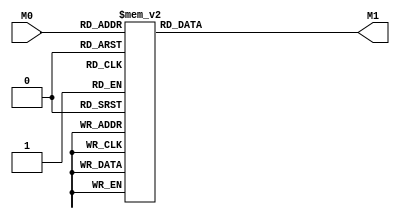
module layer0_N23 ( input [3:0] M0, output [1:0] M1 );

	(*rom_style = "distributed" *) reg [1:0] M1r;
	assign M1 = M1r;
	always @ (M0) begin
		case (M0)
			4'b0000: M1r = 2'b11;
			4'b1000: M1r = 2'b00;
			4'b0100: M1r = 2'b10;
			4'b1100: M1r = 2'b00;
			4'b0010: M1r = 2'b01;
			4'b1010: M1r = 2'b00;
			4'b0110: M1r = 2'b00;
			4'b1110: M1r = 2'b00;
			4'b0001: M1r = 2'b01;
			4'b1001: M1r = 2'b00;
			4'b0101: M1r = 2'b00;
			4'b1101: M1r = 2'b00;
			4'b0011: M1r = 2'b00;
			4'b1011: M1r = 2'b00;
			4'b0111: M1r = 2'b00;
			4'b1111: M1r = 2'b00;

		endcase
	end
endmodule